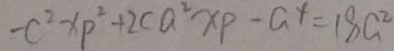
- c ^ { 2 } x p ^ { 2 } + 2 c a ^ { 2 } x p - a ^ { 4 } = 1 8 a ^ { 2 }